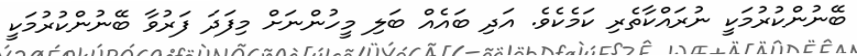
ބޭނުންކުރުމަކީ ނުރައްކާތެރި ކަމެކެވެ. އަދި ބައެއް ބަލި މީހުންނަށް މިފަދަ ފަރުވާ ބޭނުންކުރުމަކީ